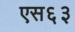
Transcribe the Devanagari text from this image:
एस६३